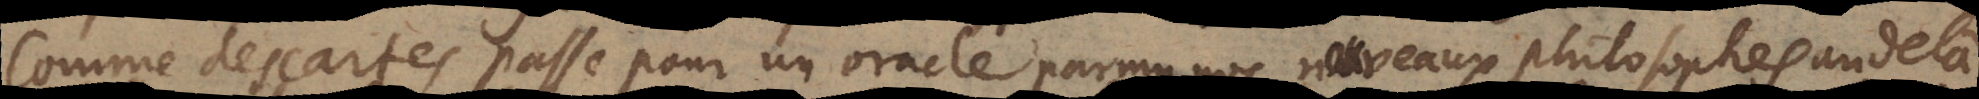
Comme des Cartes passe pour un oracle parmy nos nouveaux philosophes au delà